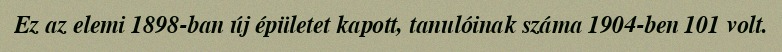
Ez az elemi 1898-ban új épületet kapott, tanulóinak száma 1904-ben 101 volt.